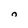
Character: 0